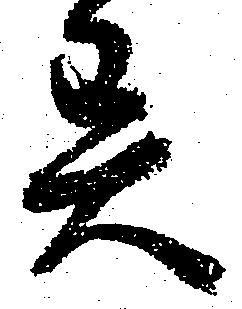
異